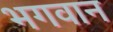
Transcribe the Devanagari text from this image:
भ्‍ागवान